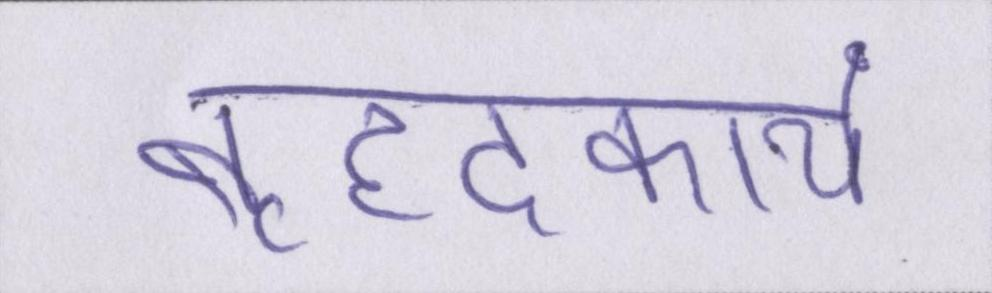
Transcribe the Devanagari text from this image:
बृहदकाय